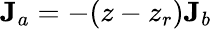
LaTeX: {\mathbf J}_{a}=-(z-z_{r}){\mathbf J}_{b}